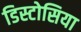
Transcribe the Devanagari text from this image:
डिस्टोसिया